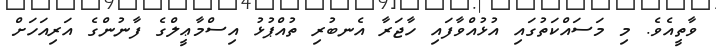
ވާތީއެވެ. މި މަސައްކަތުގައި އުޅުއްވާފައި ހާޖަރާ އެނބުރި ތުއްޕުޅު އިސްމާޢީލްގެ ފާނުންގެ އަރިއަހަށް